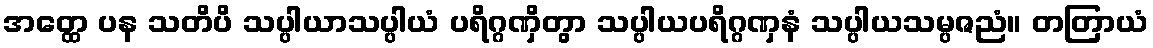
အတ္ထေ ပန သတိပိ သပ္ပါယာသပ္ပါယံ ပရိဂ္ဂဏှိတွာ သပ္ပါယပရိဂ္ဂဏှနံ သပ္ပါယသမ္ပဇညံ။ တတြာယံ